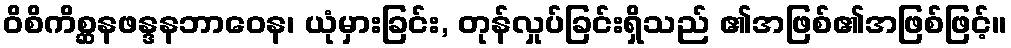
ဝိစိကိစ္ဆနဖန္ဒနဘာဝေန၊ ယုံမှားခြင်း, တုန်လှုပ်ခြင်းရှိသည် ၏အဖြစ်၏အဖြစ်ဖြင့်။